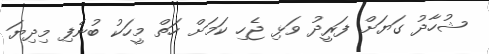
ޝުހާދު ގަޔަށް ފަރީދު ވަޅި ޖެހި ކަމަށް ހަތް މީހަކު ބުނެފި މިދިޔަ